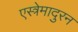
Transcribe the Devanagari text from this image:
एस्त्रेमादुरन